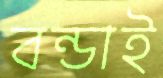
বন্ডাই